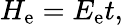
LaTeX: H_{\mathrm{e}}=E_{\mathrm{e}}t,